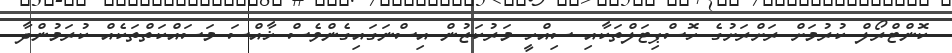
ކޮންޓްރޯލް ކުރުމަށް ރަށްރަށުގެ ހޮސްޕިޓަލްތަކާއި ސިއްހީ މަރުކަޒުން އިސްނަގައިގެންވެސް ޚާއްސަ މަސައްކަތްތަކެއް ކުރަމުންދާ